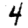
Digit: 4